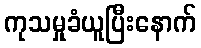
ကုသမှုခံယူပြီးနောက်